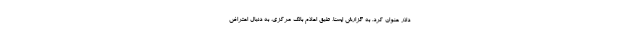
دلار عنوان کرد. به گزارش ایسنا، طبق اعلام بانک مرکزی، به دنبال اعتراض